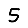
Digit: 5